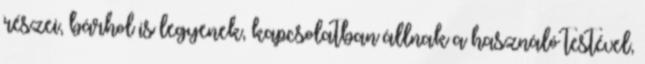
részei, bárhol is legyenek, kapcsolatban állnak a használó testével,